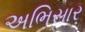
અભિસાર